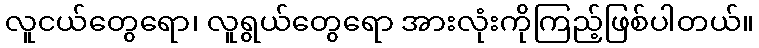
လူငယ်တွေရော၊ လူရွယ်တွေရော အားလုံးကိုကြည့်ဖြစ်ပါတယ်။